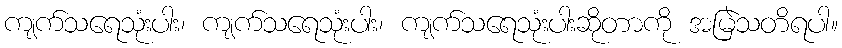
ကျက်သရေသုံးပါး၊ ကျက်သရေသုံးပါး၊ ကျက်သရေသုံးပါးဆိုတာကို အမြဲသတိရပါ။